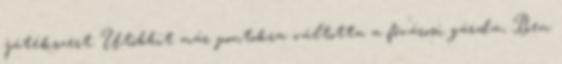
játékszert. Utóbbit már pontokra váltotta a fővárosi gárda, Ben